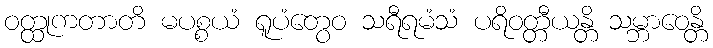
ဝတ္ထုကတာတိ မပစ္စယံ ရူပံတွေဝ သရီရမံသံ ပရိဝတ္တီယန္တိ သမ္ဘာဝေန္တိ